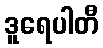
ဒူရေပါတီ